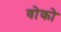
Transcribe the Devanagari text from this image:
वोको